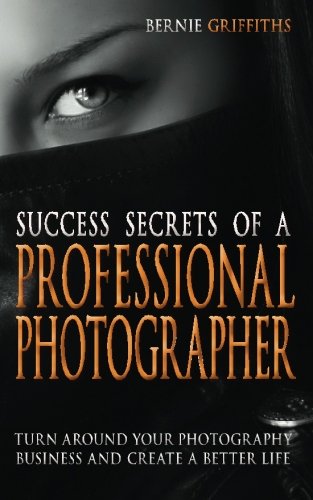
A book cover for Success Secrets of a Professional Photographer; Bernie Griffiths; Arts & Photography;